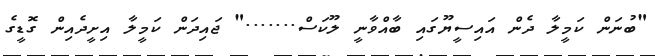
"ބުނަން ކަމީލާ ދެން އައިސީޔޫގައި ބާއްވާނީ ލޫކަސް......." ޖައިދަން ކަމީލާ އިށީދެއިން ގޮޑީގެ